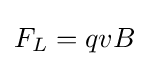
F_{L}=qvB\,\!